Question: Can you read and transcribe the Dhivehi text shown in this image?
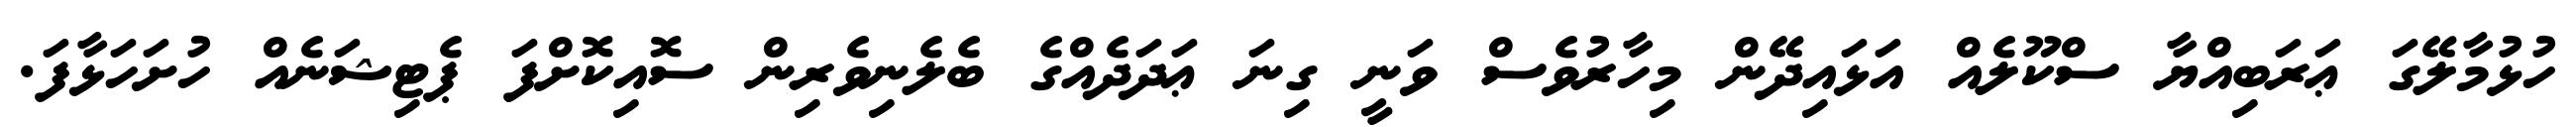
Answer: ހުޅުމާލޭގަ ޢަރަބިއްޔާ ސްކޫލެއް އަޅައިދޭން މިހާރުވެސް ވަނީ ގިނަ ޢަދަދެއްގެ ބެލެނިވެރިން ސޮއިކޮށްފަ ޕެޓިޝަނެއް ހުށަހަޅާފަ.